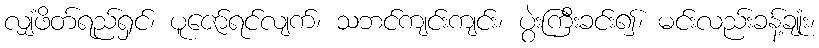
လျှံဖိတ်ရည်ရှင်၊ ပူဇော်ရင်လျက်၊ သဘင်ကျင်းကျင်း၊ ပွဲးကြီးခင်း၍၊ မင်းလည်းခန့်ချုံး၊